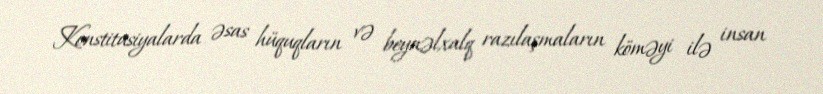
Konstitusiyalarda əsas hüquqların və beynəlxalq razılaşmaların köməyi ilə insan